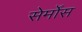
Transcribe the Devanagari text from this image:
सेर्मोंस